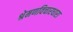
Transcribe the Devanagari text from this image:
श्रेमणविचारधारा